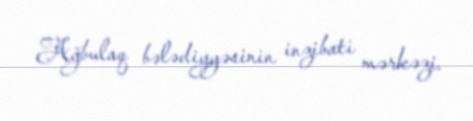
Ağbulaq bələdiyyəsinin inzibati mərkəzi.